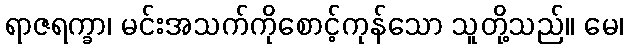
ရာဇရက္ခာ၊ မင်းအသက်ကိုစောင့်ကုန်သော သူတို့သည်။ မေ၊